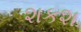
શકશ